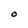
Character: O